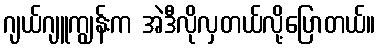
ဂျယ်ဂျူကျွန်းက အဲဒီလိုလှတယ်လို့ပြောတယ်။